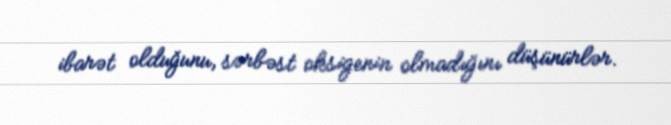
ibarət olduğunu, sərbəst oksigenin olmadığını düşünürlər.